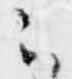
云